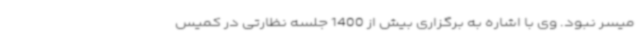
میسر نبود. وی با اشاره به برگزاری بیش از 1400 جلسه نظارتی در کمیس